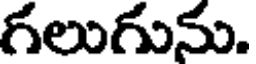
గలుగును.